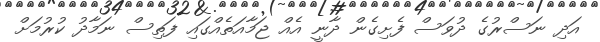
އަދި ނަސްރުގެ ދުވަސް ފެށިގެން ދާނީ އެއް ޖަމާއަތެއްގައި ފަތިސް ނަމާދު ކުރުމަށް